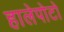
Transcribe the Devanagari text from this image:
हालेपोटो